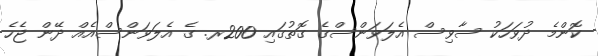
ކޮންމެ ދުވަހަކު ސާވިސް އެލަވަންސްގެ ގޮތުގައި 200ރ. ގެ އެލަވަންސްއެއް ދޭން ޖެހެ